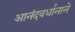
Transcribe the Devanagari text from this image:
आनंदवर्धानाने